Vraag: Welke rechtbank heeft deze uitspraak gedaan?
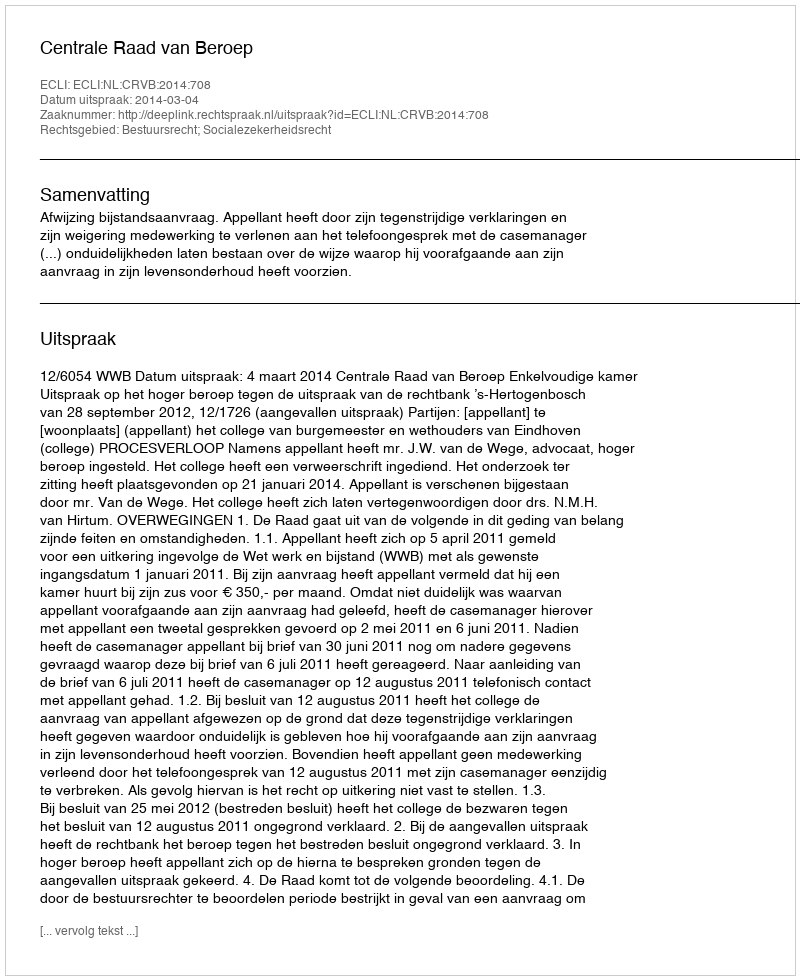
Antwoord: Centrale Raad van Beroep